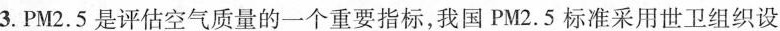
3.PM2.5是评估空气质量的一个重要指标，我国PM2.5标准采用世卫组织设